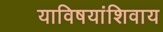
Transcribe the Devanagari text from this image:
याविषयांशिवाय